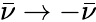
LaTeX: \bar{\nu}\to-\bar{\nu}